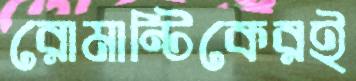
রোমান্টিকেরই